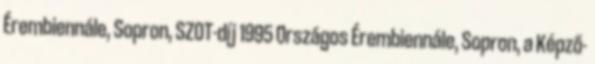
Érembiennále, Sopron, SZOT-díj 1995 Országos Érembiennále, Sopron, a Képző-